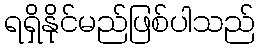
ရရှိနိုင်မည်ဖြစ်ပါသည်